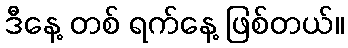
ဒီနေ့ တစ် ရက်နေ့ ဖြစ်တယ်။